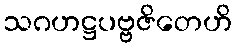
သဂဟဋ္ဌပဗ္ဗဇိတေဟိ